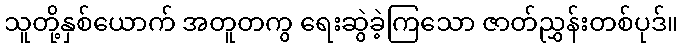
သူတို့နှစ်ယောက် အတူတကွ ရေးဆွဲခဲ့ကြသော ဇာတ်ညွှန်းတစ်ပုဒ်။